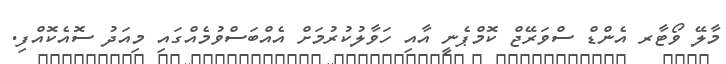
މާލޭ ވޯޓާރ އެންޑް ސްވަރޭޖް ކޮމްޕެނީ އާއި ހަވާލުކުރުމަށް އެއްބަސްވުމެއްގައި މިއަދު ސޮއެކޮއްފި.